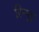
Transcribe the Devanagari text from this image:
रिन्युड़